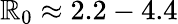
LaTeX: \mathbb{R}_{0}\approx2.2-4.4